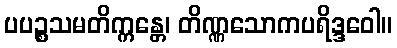
ပပဉ္စသမတိက္ကန္တေ၊ တိဏ္ဏသောကပရိဒ္ဒဝေါ။